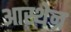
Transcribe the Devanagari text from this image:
आस्थेन्र